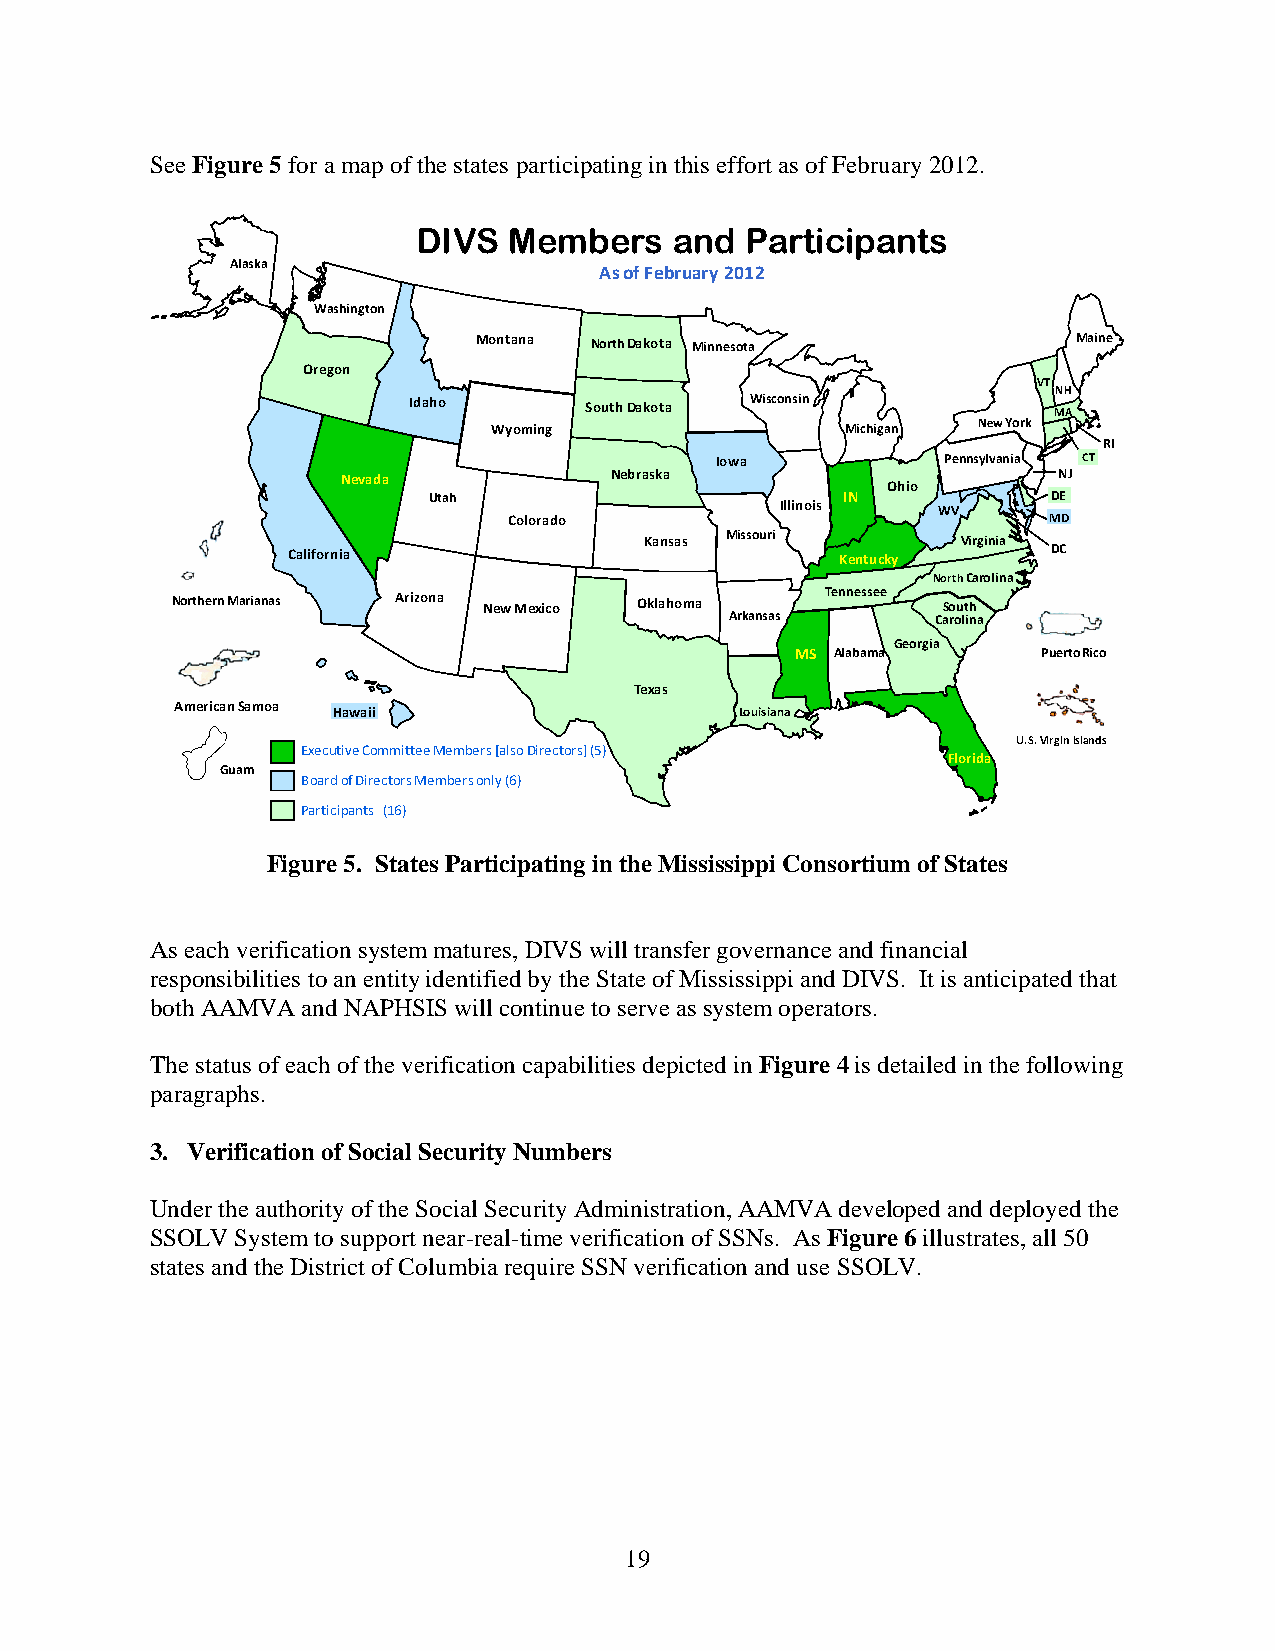
See Figure 5 for a map of the states participating in this effort as of February 2012.
 DIVS  Members    and Participants
 Alaska                   As of February 2012
 Washington
 Montana North Dakota Minnesota          Maine
 Oregon
 VT
 NH
 Idaho       South Dakota Wisconsin         MA
 Wyoming                Michigan New York
 RI
 Iowa            Pennsylvania CT
 Nevada           Nebraska                      NJ
 Ohio
 Utah                        IN            DE
 Illinois  WV
 Colorado                           MD
 Kansas Missouri      Virginia
 California                           Kentucky      DC
 North Carolina
 NorthernMarianas Arizona New Mexico Oklahoma Tennessee South
 Arkansas      Carolina
 Georgia
 MS Alabama      Puerto Rico
 Texas
 American Samoa
 Hawaii                     Louisiana
 U.S. Virgin Islands
 Executive Committee Members [also Directors] (5)
 Florida
 Guam
 Board of Directors Members only (6)
 Participants (16)
 Figure 5. States Participating in the Mississippi Consortium of States
 As each verification system matures, DIVS will transfer governance and financial
 responsibilities to an entity identified by the State of Mississippi and DIVS. It is anticipated that
 both AAMVA and NAPHSIS will continue to serve as system operators.
 The status of each of the verification capabilities depicted in Figure 4 is detailed in the following
 paragraphs.
 3. Verification of Social Security Numbers
 Under the authority of the Social Security Administration, AAMVA developed and deployed the
 SSOLV System to support near-real-time verification of SSNs. As Figure 6 illustrates, all 50
 states and the District of Columbia require SSN verification and use SSOLV.
 19